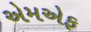
એમએફ